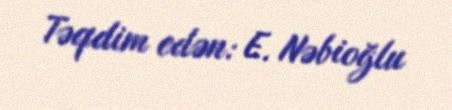
Təqdim edən: E. Nəbioğlu